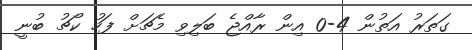
ގަތަރު އަތުން 4-0 އިން ރާއްޖެ ބަލިވި މެޗަށް ފަހު ކޯޗު ބުނީ